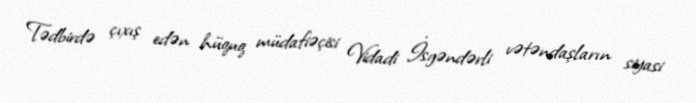
Tədbirdə çıxış edən hüquq müdafiəçisi Vidadi İsgəndərli vətəndaşların siyasi